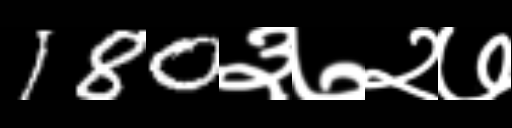
Text: 180३७२७